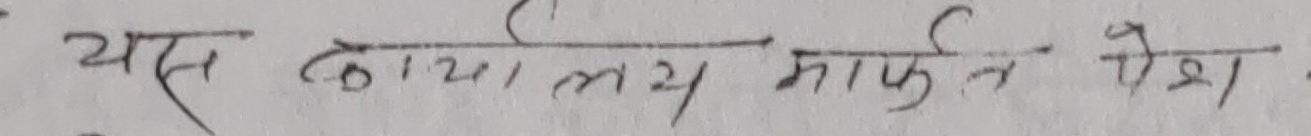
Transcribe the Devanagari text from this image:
यस कार्याल यस माफि देस